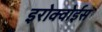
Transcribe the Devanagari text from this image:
इरोक्वोईस